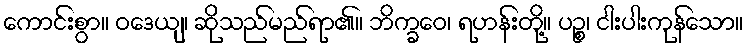
ကောင်းစွာ။ ဝဒေယျ၊ ဆိုသည်မည်ရာ၏။ ဘိက္ခဝေ၊ ရဟန်းတို့။ ပဉ္စ၊ ငါးပါးကုန်သော။